kultuurilooline_kollektsioon, lk 16
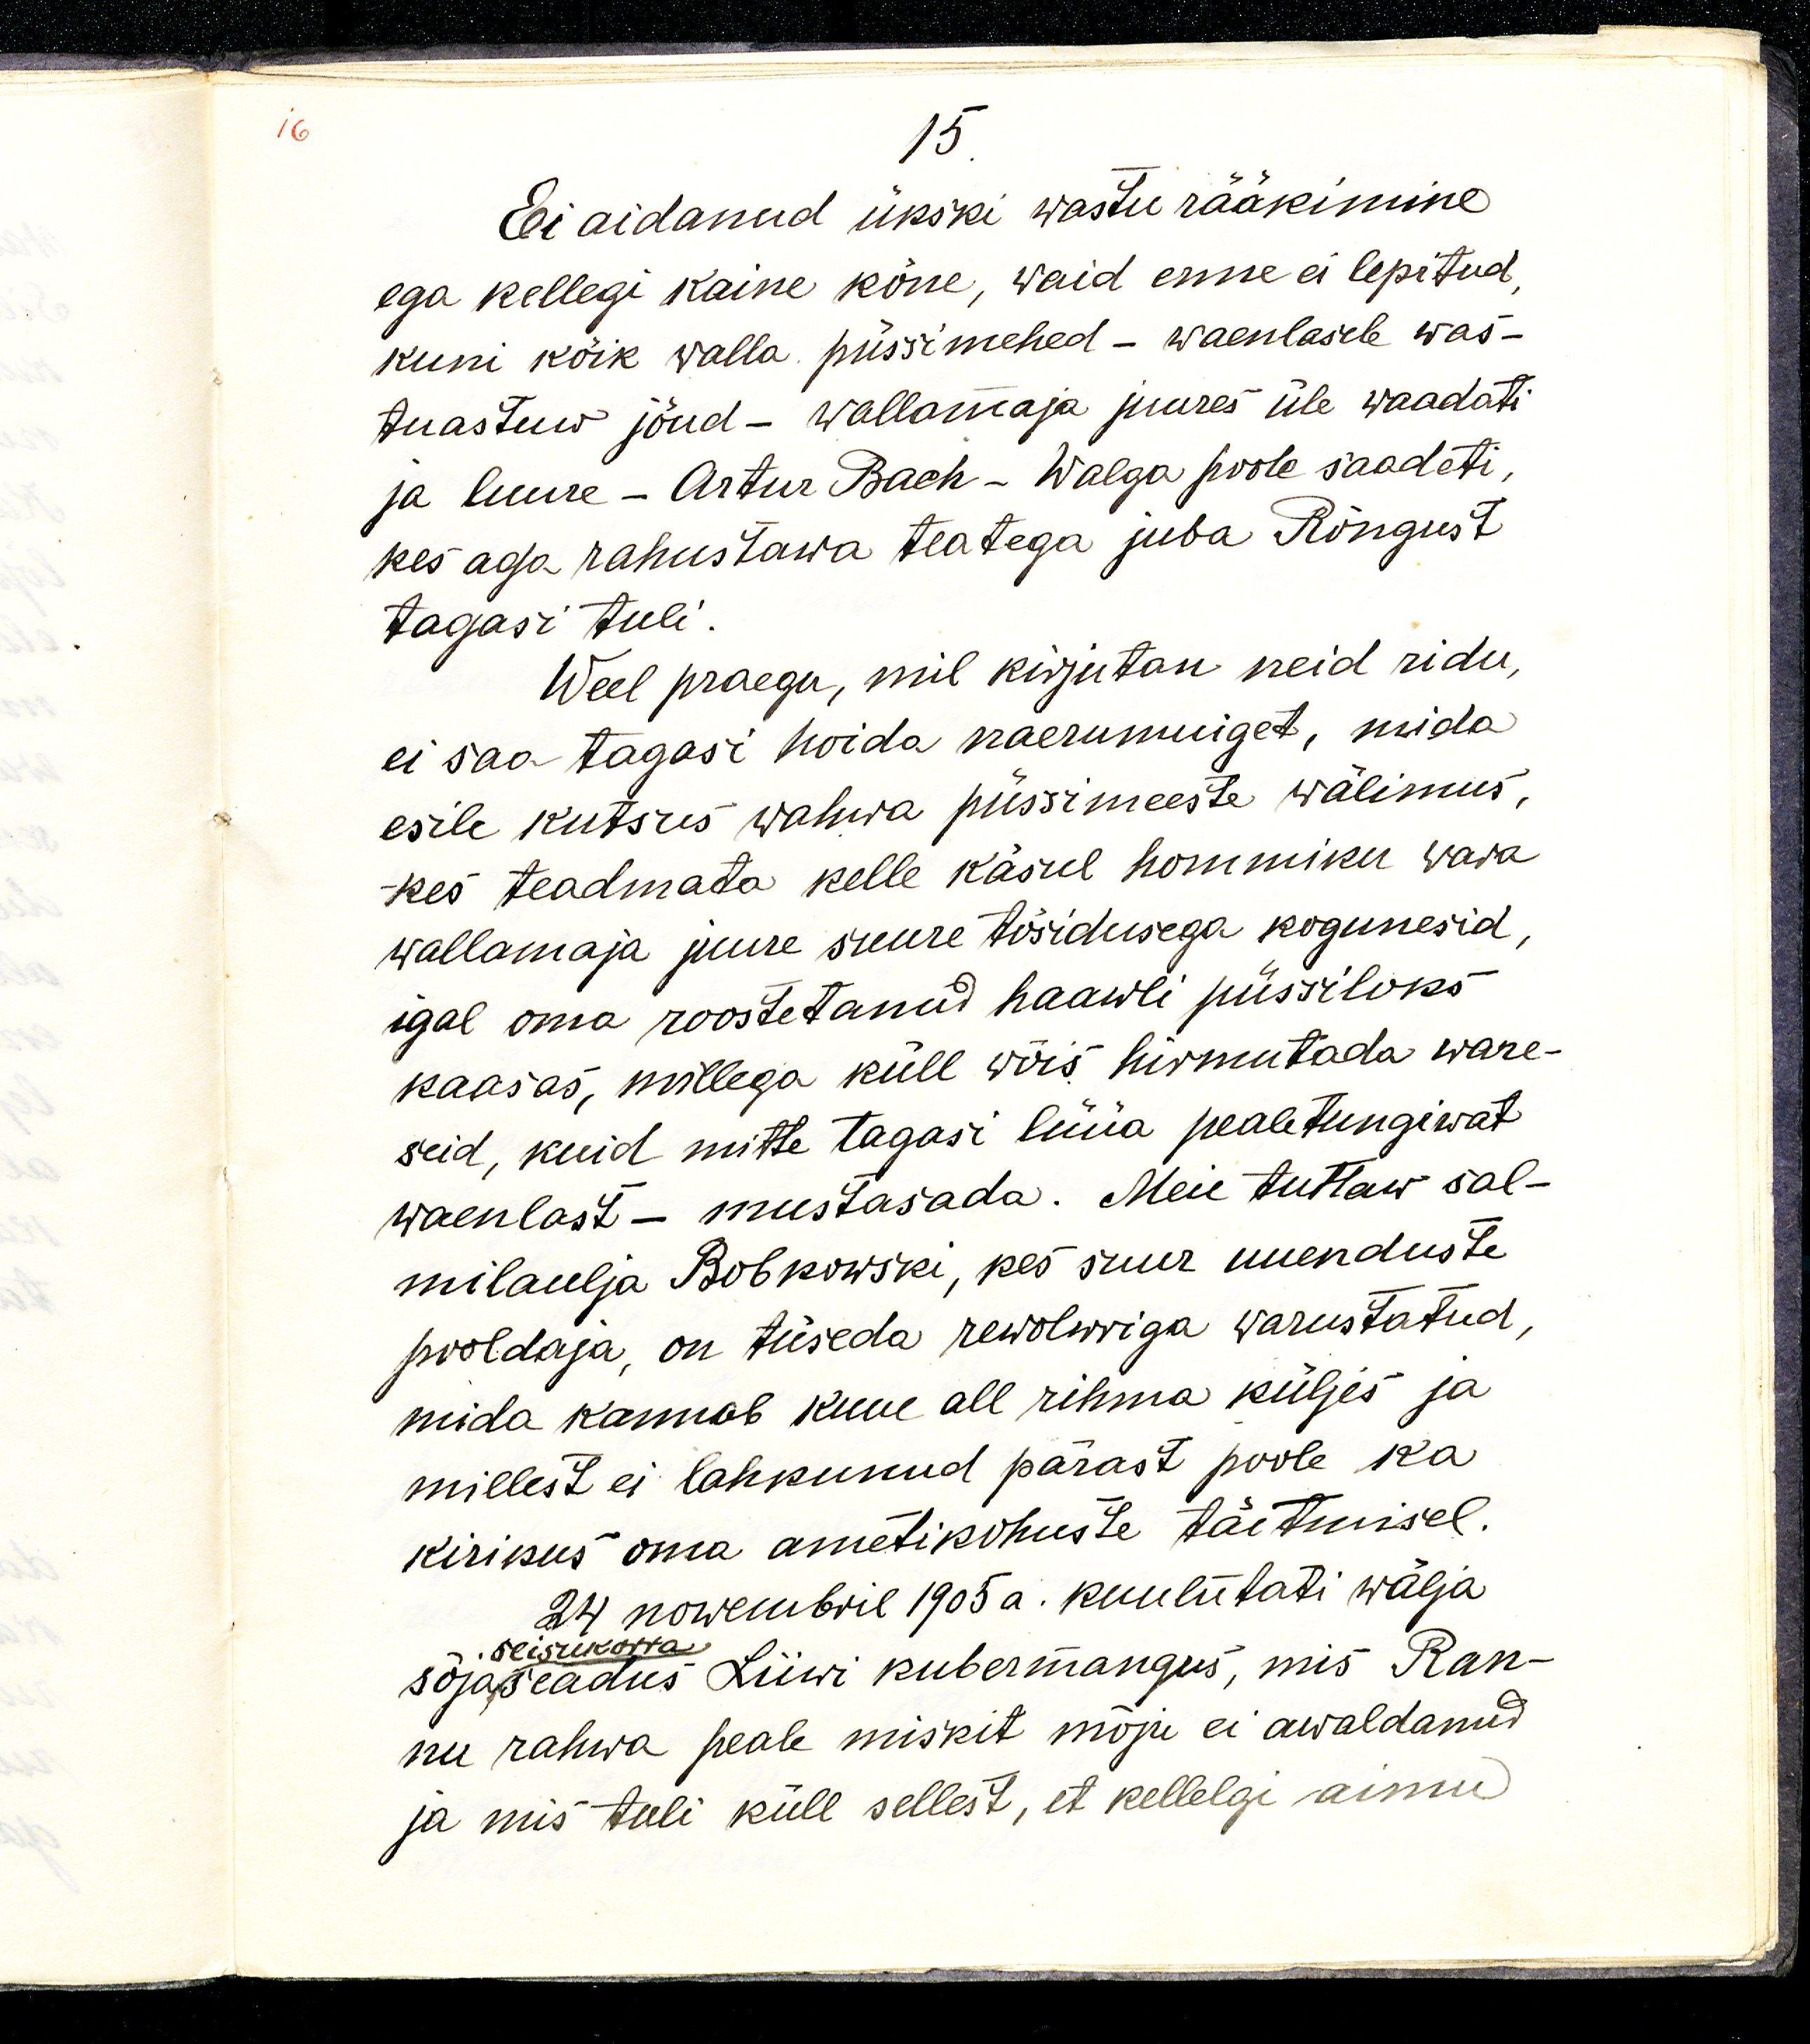
15.
Ei aidanud ükski wastu rääkimine
ega kellegi kaine kõne, waid enne ei lepitud,
kuni kõik walla püssimehed - waenlasele was-
tuastuw jõud - wallamaja juures üle waadati
ja luure - Artur Bach - Walga poole saadeti,
kes aga rahustawa teatega juba Rõngust
tagasi tuli. 
Weel praegu, mil kirjutan neid ridu,
ei saa tagasi hoida naerumuiget, mida
esile kutsus wahwa püssimeeste wälimus,
kes teadmata kelle käsul hommiku wara
wallamaja juure suure tõsidusega kogunesid,
igal oma roostetanud haawli püssiloks
kaasas, millega küll wõis hirmutada ware-
seid, kuid mitte tagasi lüüa pealetungiwat
waenlast - mustasada. Meie tuttaw sal-
milaulja Bobkowski, kes suur uuenduste
pooldaja, on tüseda rewolwriga warustatud,
mida kannab kuue all rihma küljes ja
millest ei lahkunud pärast poole ka 
kirikus oma ametikohustuste täitmisel.
24 nowembril 1905 a. kuulutati wälja
seisukorra
sõjaseadus Liivi kubermangus, mis Ran-
nu rahwa peale miskit mõju ei awaldanud
ja mis tuli küll sellest, et kellelgi aimu